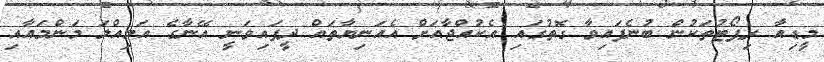
މީޑިއާ ރިޕޯޓުތަކުން ބުނެފައިވާ ގޮތުގައި އެކުއްޖާއަށް އެއަނިޔާތައް ދީފައިވަނީ އޭނާގެ އަމިއްލަ މަންމައާއި